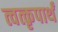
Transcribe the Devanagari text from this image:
त्वत्कृपार्थं